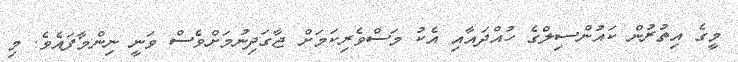
މީގެ އިތުރުން ކައުންސިލްގެ ހުއްދައާއި އެކު މަސްވެރިކަމަށް ޖާގަދިނުމަށްވެސް ވަނީ ނިންމާފައެވެ. މި